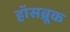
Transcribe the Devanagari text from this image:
हॉसब्रूक